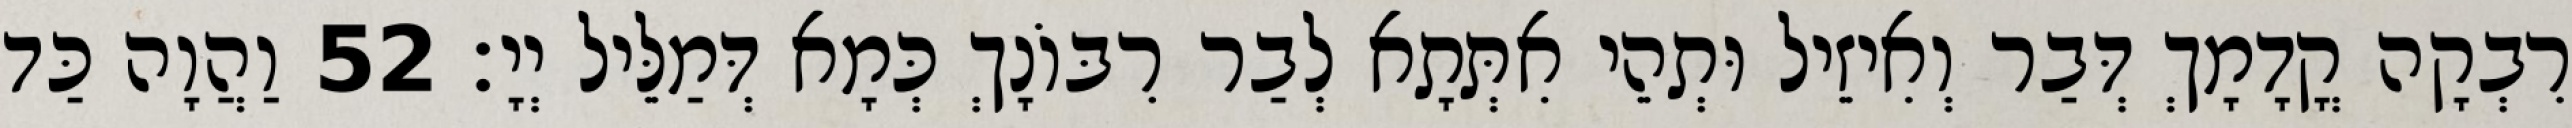
רִבְקָה קֳדָמָךְ דְּבַר וְאִיזֵיל וּתְהֵי אִתְּתָא לְבַר רִבּוֹנָךְ כְּמָא דְּמַלֵּיל יְיָ׃ 52 וַהֲוָה כַּד